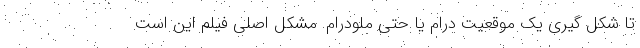
تا شکل گیری یک موقعیت درام یا حتی ملودرام. مشکل اصلی فیلم این است